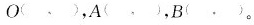
O( , )，A( , )，B( , )。